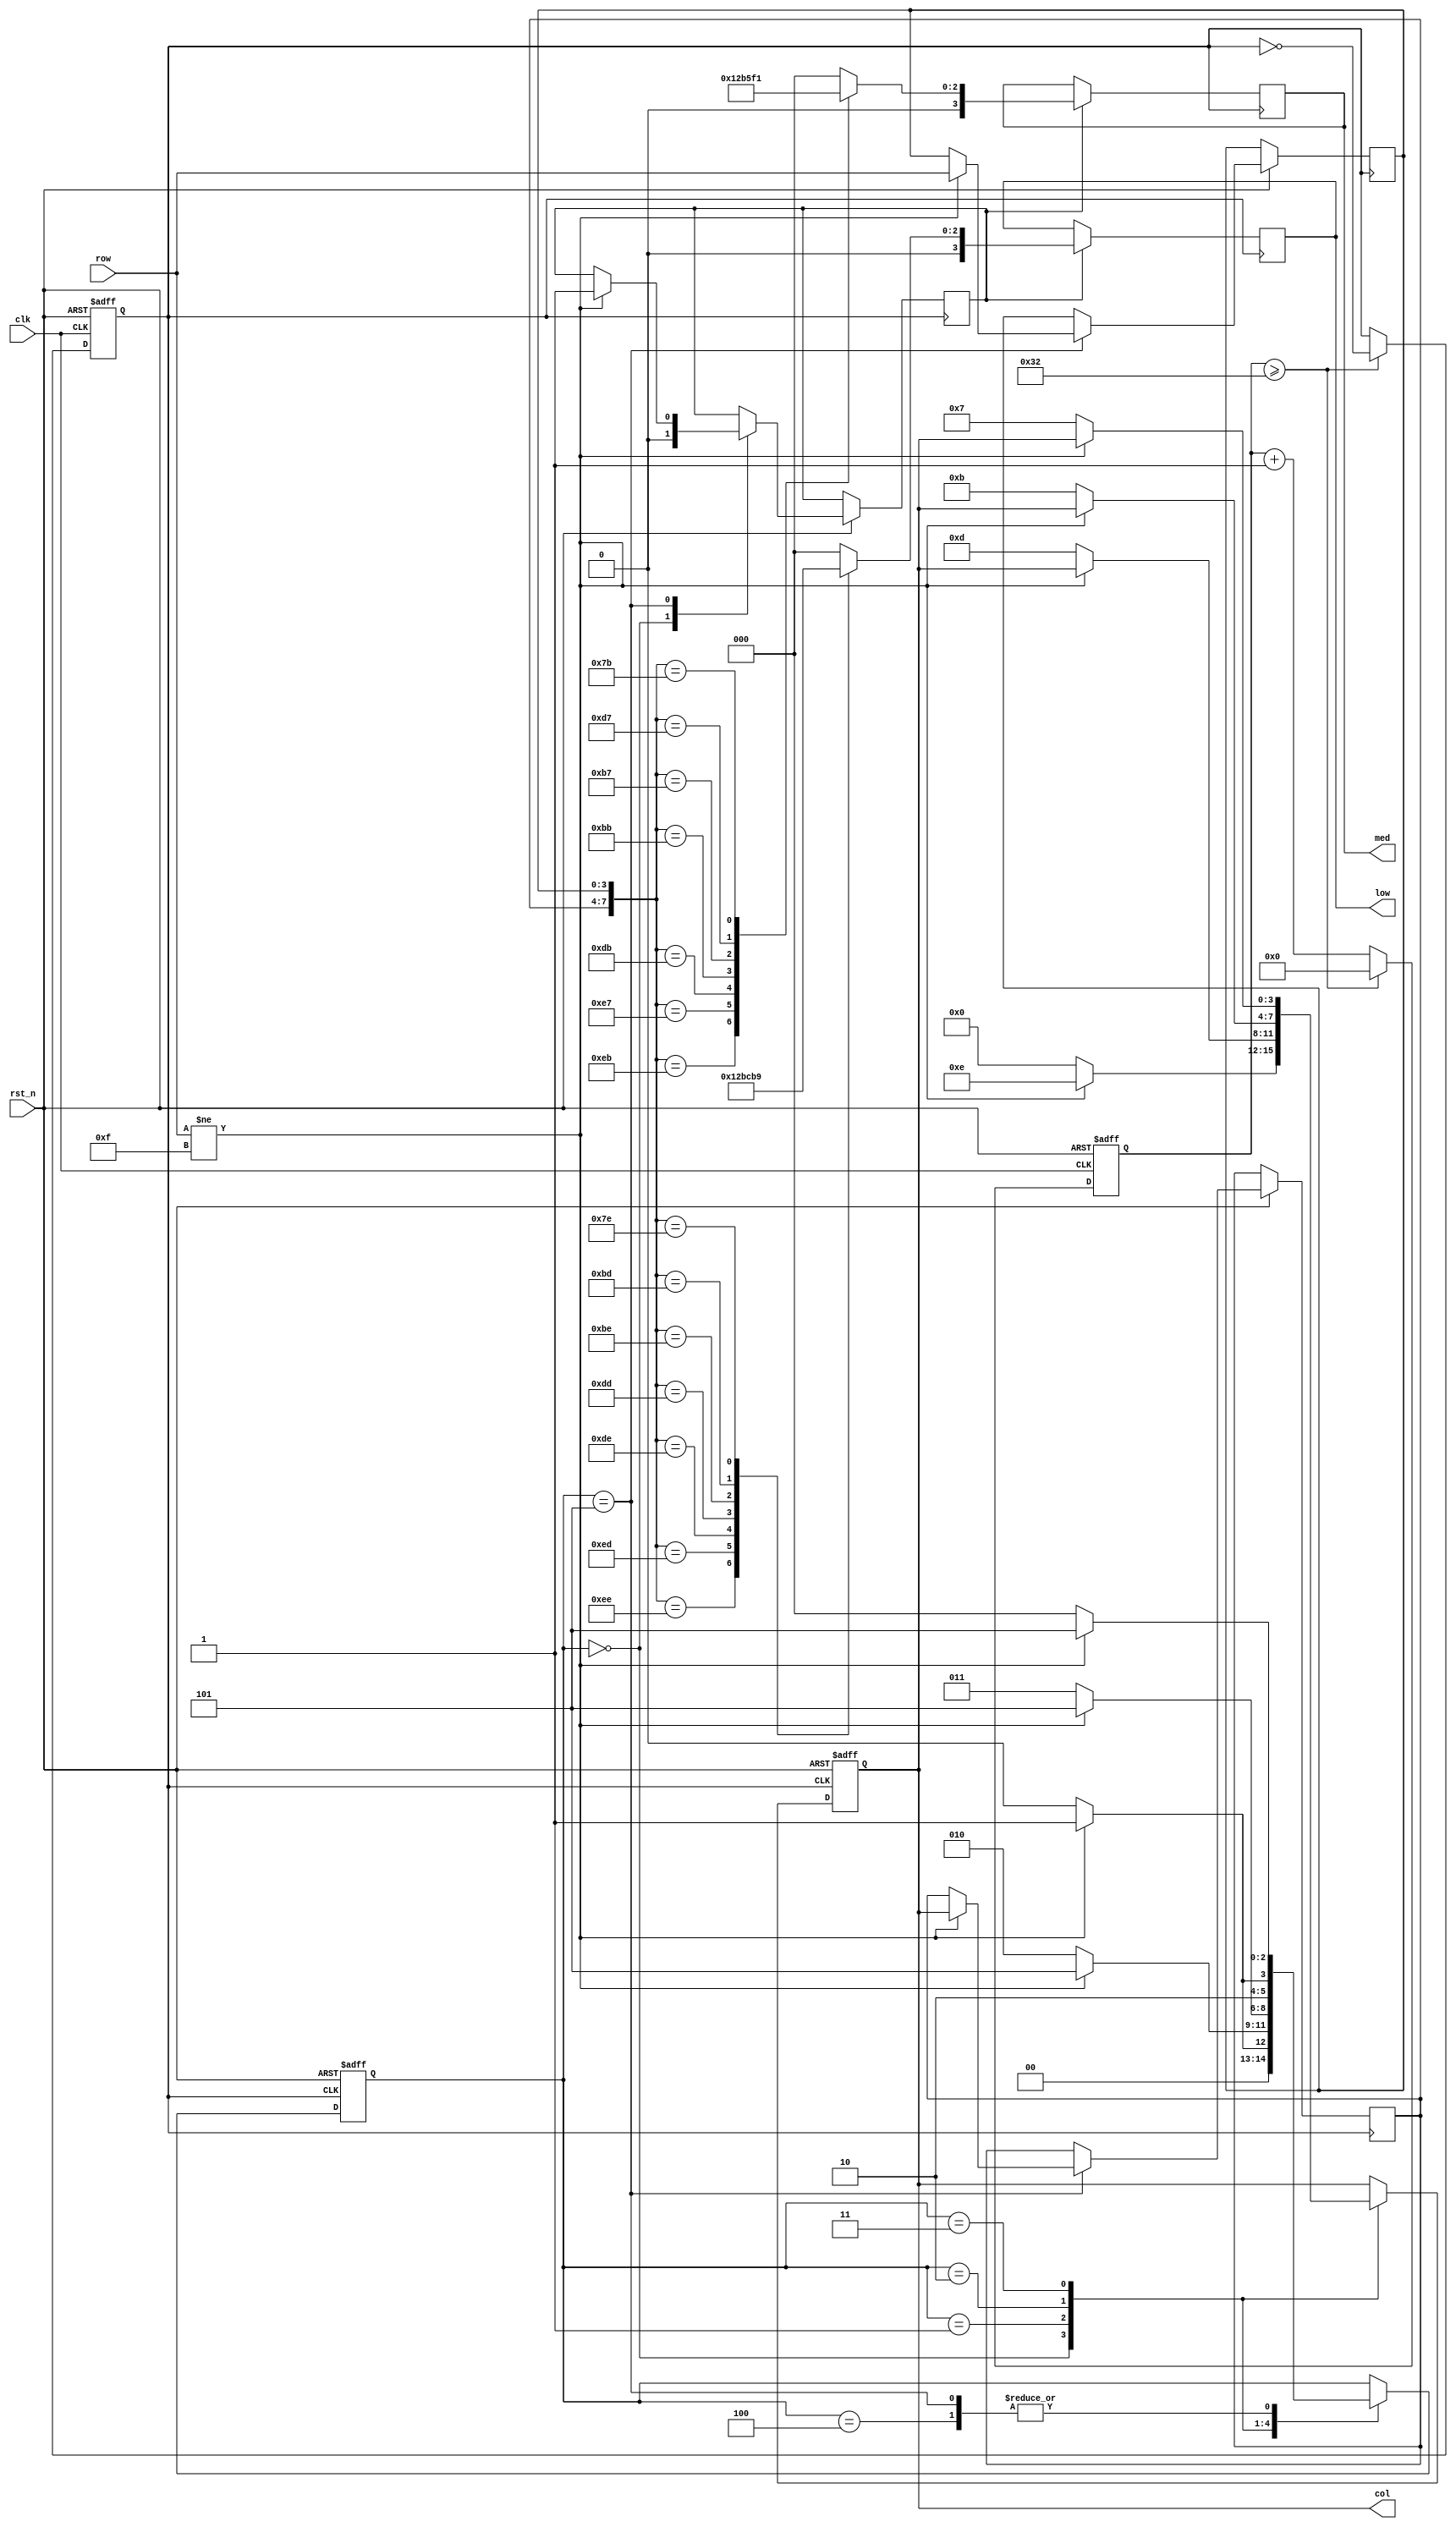
`timescale 1ns / 1ps
module MatirxKeyboardChorus(
	 input clk,
	 input rst_n,
	 input [3:0] row,               //
	 output reg [3:0] col,          //
	 output reg [3:0] med,
	 output reg [3:0] low
);

reg [5:0] count;     //20ms
reg [2:0] state;     //
reg key_flag;        //
reg clk_500k;
reg [3:0] col_reg;   //
reg [3:0] row_reg;   //

always@(posedge clk or negedge rst_n)   //50kHz
begin
    if(~rst_n)
	 begin
	     clk_500k <= 0;
		  count <= 0;
	 end
	 else
	 begin
	     if(count >= 50)
		  begin
		      clk_500k <= ~clk_500k;
				count <=0;
		  end
		  else 
		      count <= count + 1;
	 end
end


always@(posedge clk_500k or negedge rst_n)//
begin
    if(~rst_n)
	 begin
	     col <= 4'b0;
		  state <= 0;
	 end
	 else
	 begin
	     case(state)
		  3'd0:
		  begin
		      col[3:0] <= 4'b0000;
				key_flag <= 1'b0;
				if(row[3:0]!=4'b1111)    //
				begin
				    state <= 1;
					 col[3:0] <= 4'b1110;
				end
				else 
				    state <= 0;
		  end
		  3'd1:
		  begin
				if(row[3:0]!=4'b1111)    //
				    state <= 5;          //
				else
            begin				
			       state <= 2;
					 col[3:0] <= 4'b1101;
		      end
		  end
		  3'd2:
		  begin
				if(row[3:0]!=4'b1111)    //
				    state <= 5;          //
				else
            begin				
			       state <= 3;
					 col[3:0] <= 4'b1011;
		      end
		  end
		  3'd3:
		  begin
				if(row[3:0]!=4'b1111)    //
				    state <= 5;          //
				else
            begin				
			       state <= 4;
					 col[3:0] <= 4'b0111;
		      end
		  end
		  3'd4:
		  begin
				if(row[3:0]!=4'b1111)    //
				    state <= 5;          //
				else	
			       state <= 0;
		  end
		  3'd5:
		  begin
		      if(row[3:0]!=4'b1111)
				begin
				col_reg <= col;
				row_reg <= row;    //
				state <= 5;
				key_flag <= 1'b1;  //
				end
				else
				state <=0;
		  end
		  endcase
	 end
end


always@(posedge clk_500k )
begin
    if(key_flag == 1'b1)
	 begin
	     case({col_reg,row_reg})
		  8'b1110_1110:{med,low} <= 8'b0000_0100;   //4
		  8'b1110_1101:{med,low} <= 8'b0000_0101;   //5
		  8'b1110_1011:{med,low} <= 8'b0100_0000;   //4
		  8'b1110_0111:{med,low} <= 8'b0101_0000;   //5                                   
		  8'b1101_1110:{med,low} <= 8'b0000_0011;   //3
		  8'b1101_1101:{med,low} <= 8'b0000_0110;   //6
		  8'b1101_1011:{med,low} <= 8'b0011_0000;   //3
		  
		  8'b1011_1110:{med,low} <= 8'b0000_0010;   //2
		  8'b1011_1101:{med,low} <= 8'b0000_0111;   //7
		  8'b1011_1011:{med,low} <= 8'b0010_0000;   //2
		  8'b1011_0111:{med,low} <= 8'b0111_0000;   //7
		  8'b0111_1110:{med,low} <= 8'b0000_0001;   //1                                  
		  8'b1101_0111:{med,low} <= 8'b0110_0000;   //6
		  8'b0111_1011:{med,low} <= 8'b0001_0000;   //1
		  default: {med,low} <= 8'b0000_0000;
		 endcase
	end  
end
endmodule